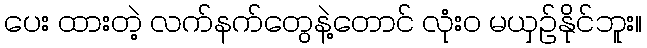
ပေး ထားတဲ့ လက်နက်တွေနဲ့တောင် လုံးဝ မယှဉ်နိုင်ဘူး။